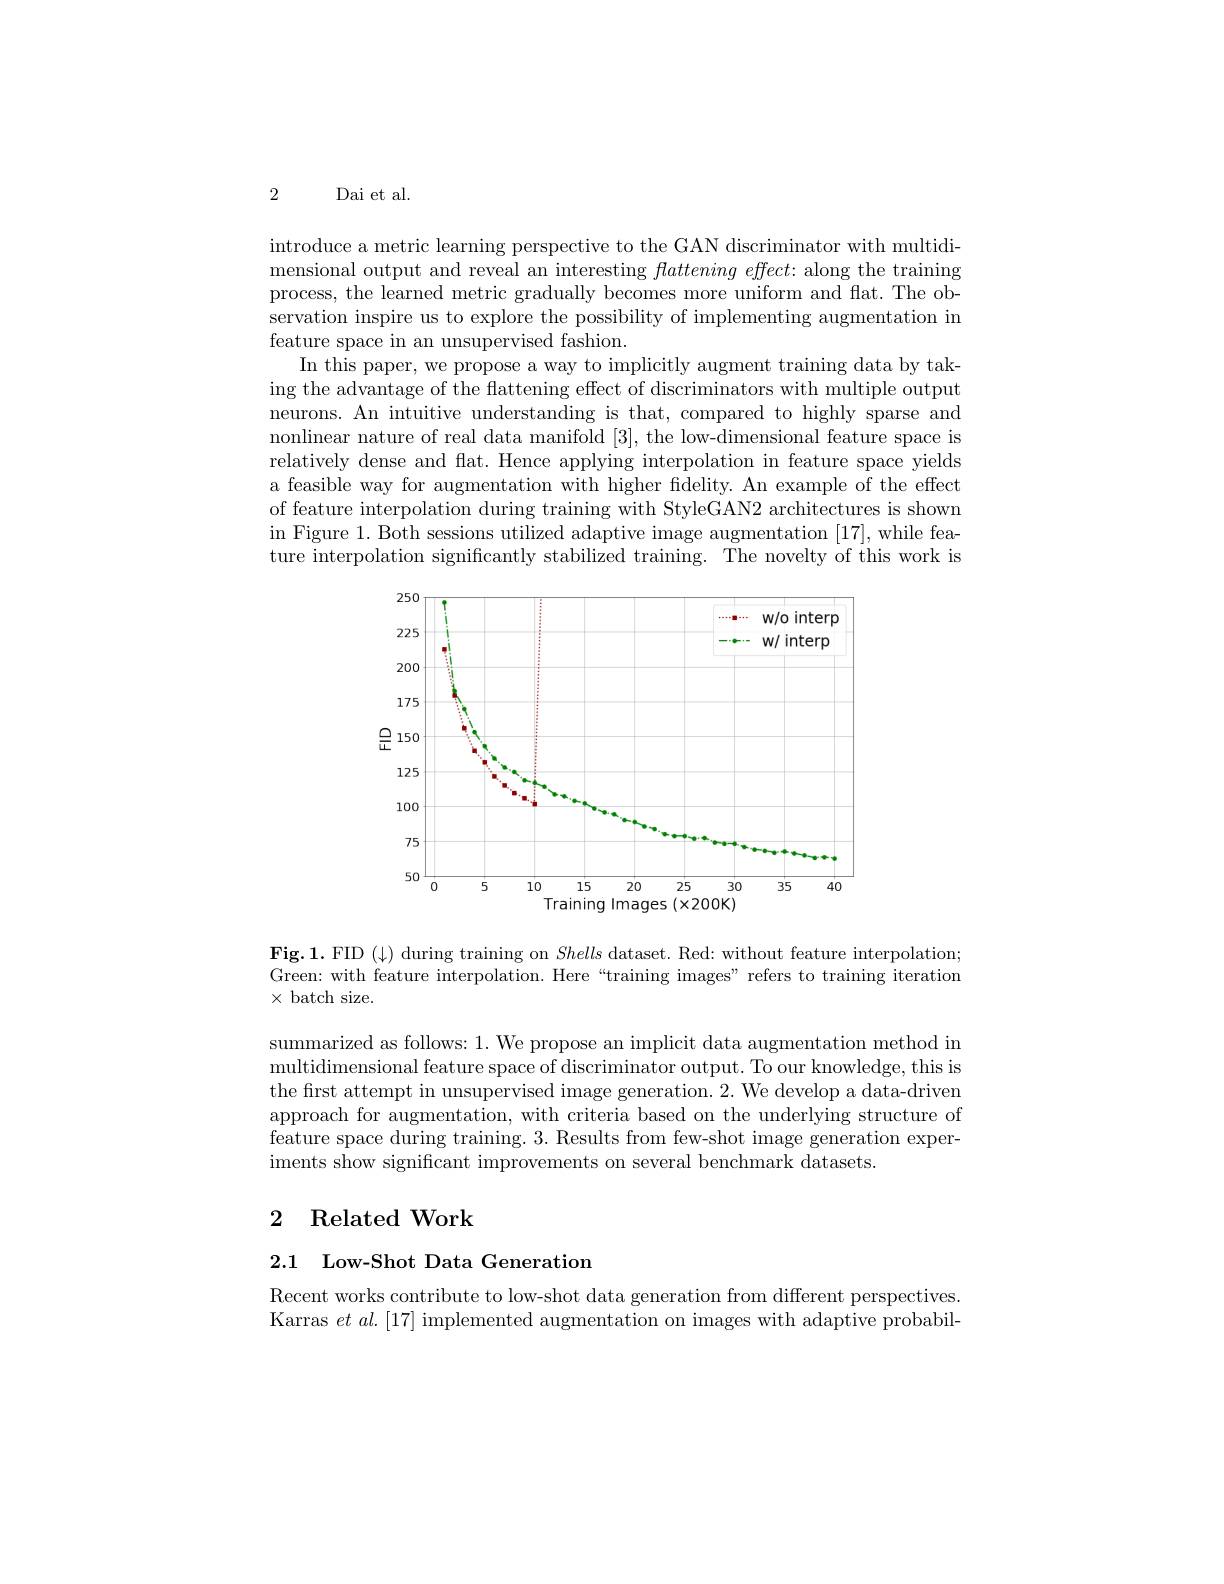
2 Dai et al.

introduce a metric learning perspective to the GAN discriminator with multidimensional output and reveal an interesting $flattening\textit{ effect: along the training}$ process, the learned metric gradually becomes more uniform and flat. The observation inspire us to explore the possibility of implementing augmentation in feature space in an unsupervised fashion.
In this paper, we propose a way to implicitly augment training data by taking the advantage of the flattening effect of discriminators with multiple output neurons. An intuitive understanding is that, compared to highly sparse and nonlinear nature of real data manifold [3], the low-dimensional feature space is relatively dense and flat. Hence applying interpolation in feature space yields a feasible way for augmentation with higher fidelity. An example of the effect of feature interpolation during training with StyleGAN2 architectures is shown in Figure 1. Both sessions utilized adaptive image augmentation [17], while feature interpolation significantly stabilized training. The novelty of this work is

<FigureHere>

Fig.1. FID ($\downarrow)$ during training on Shells dataset. Red: without feature interpolation; Green: with feature interpolation. Here“training images”refers to training iteration $\times$batch size.

summarized as follows: 1. We propose an implicit data augmentation method in multidimensional feature space of discriminator output. To our knowledge, this is the first attempt in unsupervised image generation. 2. We develop a data-driven approach for augmentation, with criteria based on the underlying structure of feature space during training. 3. Results from few-shot image generation experiments show significant improvements on several benchmark datasets.

# 2 Related Work

# 2.1 Low-Shot Data Generation

Recent works contribute to low-shot data generation from different perspectives Karras $et\textit{al. [ 17] implemented augmentation on images with adaptive probabil- }$